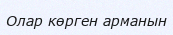
Олар көрген арманын